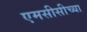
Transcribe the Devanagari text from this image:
एमसीसीच्या